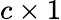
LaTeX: c\times 1